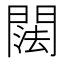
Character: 䦢